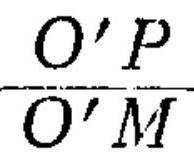
\frac{O'P}{O'M}